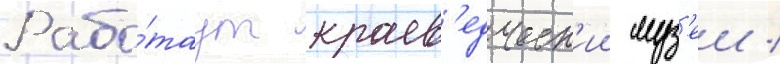
Рабо́таут краев'едческ'ии муз'еи /